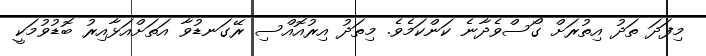
މިފަދަ ތަދު އިތުރަށް ގޯސްވެދާނެ ކަންކަމެވެ. މިތަދު އިރުއޮއްސި ރޭގަނޑުވާ އަތަށްއަޅާއިރު ބޮޑުވުމަކީ